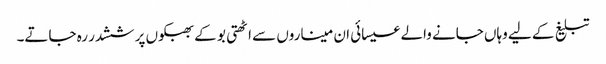
تبلیغ کے لیے وہاں جانے والے عیسائی ان میناروں سے اٹھتی بو کے بھبکوں پر ششدر رہ جاتے۔